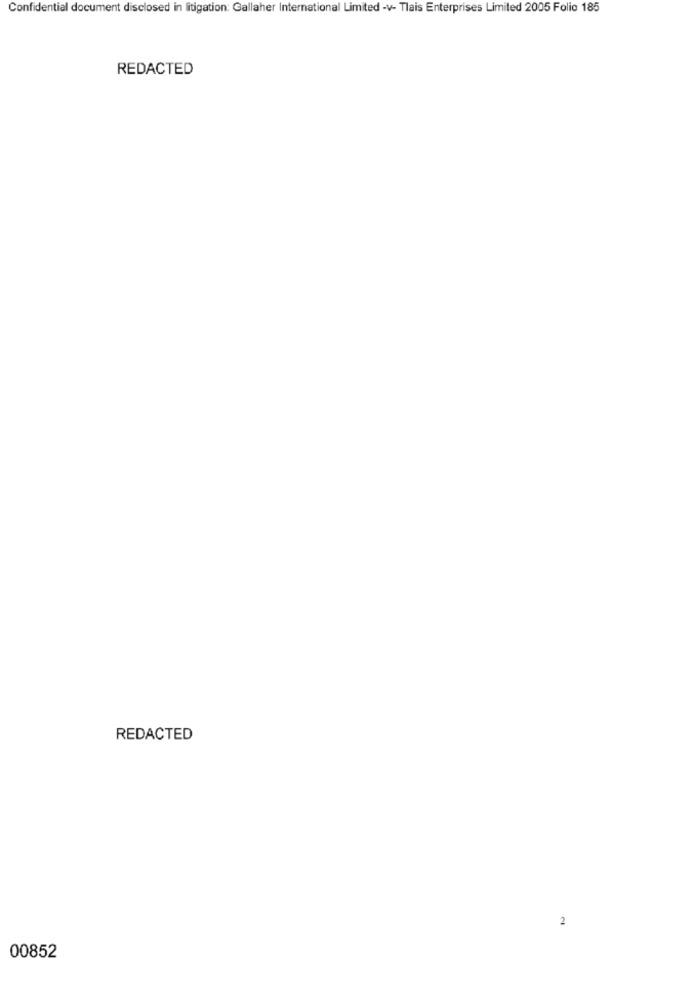
Confidential document disclosed in litigation: Gallaher International Limited -v- Tlais Enterprises Limited 2005 Folio 185
REDACTED
REDACTED
2
00852